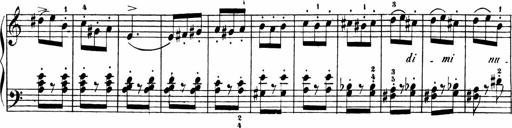
Title: Sonatinas
Composer: Andrew Violette